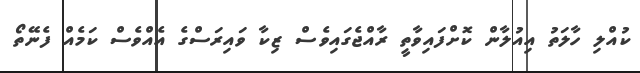
ކުއްލި ހާލަތު އިއުލާން ކޮށްފައިވާތީ ރާއްޖެގައިވެސް ޒިކާ ވައިރަސްގެ އެއްވެސް ކަމެއް ފެނޭތޯ